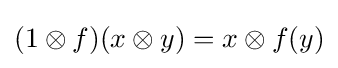
(1\otimes f)(x\otimes y)=x\otimes f(y)